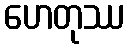
ဟေတုဿ